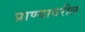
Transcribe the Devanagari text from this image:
प्राण्यावरील